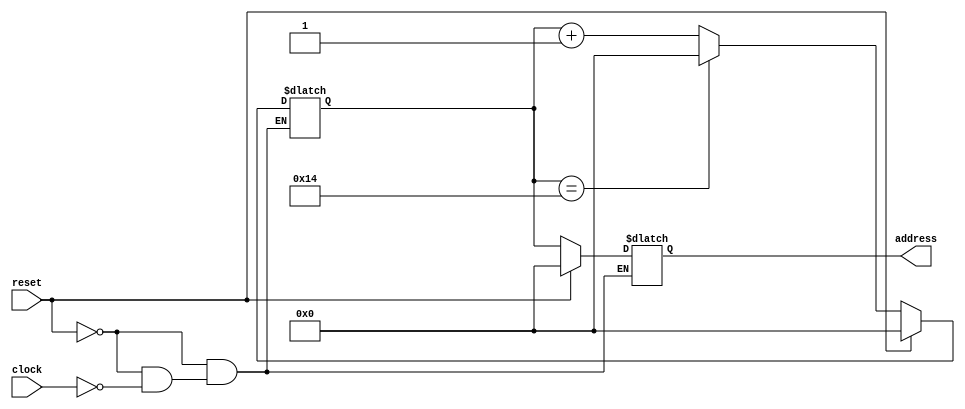
`timescale 1ns / 1ps
//////////////////////////////////////////////////////////////////////////////////
// Company: 
// Engineer: 
// 
// Design Name: 
// Module Name:    AddressGenerator 
// Project Name: 
// Target Devices: 
// Tool versions: 
// Description: 
//
// Dependencies: 
//
// Revision: 
// Revision 0.01 - File Created
// Additional Comments: 
//
//////////////////////////////////////////////////////////////////////////////////
`timescale 1ns / 1ps

module AddressGenerator(clock,reset,address);
	 
parameter MaxAddress=20;
parameter bitwidth=5;

reg[bitwidth-1:0] counter=0;

output reg[bitwidth-1:0] address=0;

input clock;
input reset;

always@(clock,reset)begin

	if(reset == 1)begin
		counter=0;
		address=0;
	end
	else begin
		if(clock == 1)begin
			address = counter;
			if(counter == MaxAddress)begin
				counter = 0;
			end
			else begin
				counter = counter + 1;
			end
		end
		else begin
			address = address;
			counter = counter;
		end
	end
	
end



endmodule